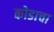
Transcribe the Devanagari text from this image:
कोडाचा